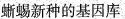
蜥蜴新种的基因库